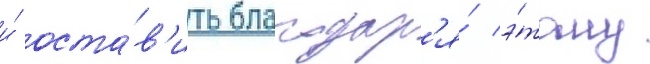
и́ оста́в'ить благодар'я́ э́тому